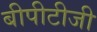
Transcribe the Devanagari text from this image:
बीपीटीजी